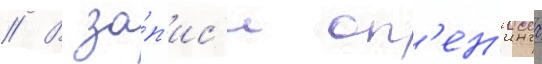
// В за́п'ис'и оп'ен'инга